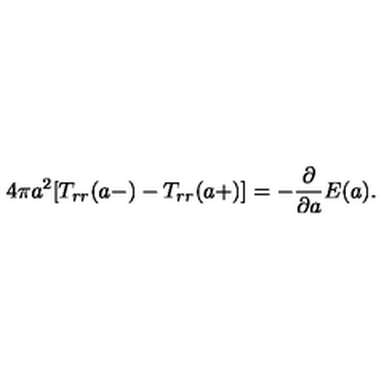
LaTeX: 4 \pi a ^ { 2 } [ T _ { r r } ( a - ) - T _ { r r } ( a + ) ] = - { \frac { \partial } { \partial a } } E ( a ) .